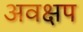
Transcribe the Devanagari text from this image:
अवक्षप